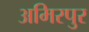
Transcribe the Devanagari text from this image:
अमिरपुर